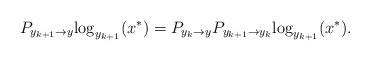
LaTeX: \begin{align*} P_{y_{k+1} \to y} {\log_{y_{k+1}}(x^*)}= P_{y_k \to y} P_{y_{k+1} \to y_k} {\log_{y_{k+1}}(x^*)}.\end{align*}